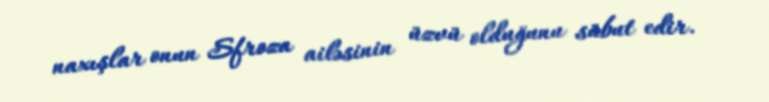
naxışlar onun Sfroza ailəsinin üzvü olduğunu sübut edir.